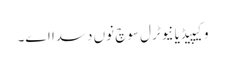
وکیپیڈیا نیوٹرل سوچ نوں دسدا اے۔